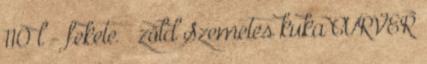
110 l - fekete zöld Szemetes kuka CURVER